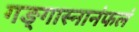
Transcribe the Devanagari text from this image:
गङ्गास्नानंफलं